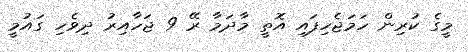
މީގެ ކުރިން ހަމަޖެހިފައި އޮތީ މާދަމާ ރޭ 9 ޖަހާއިރު ދިވެހި ގައުމީ